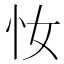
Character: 𢖵